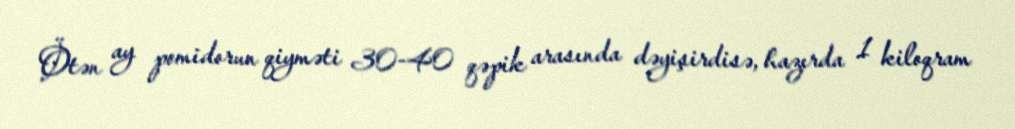
Ötən ay pomidorun qiyməti 30-40 qəpik arasında dəyişirdisə, hazırda 1 kiloqram